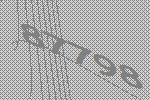
87798